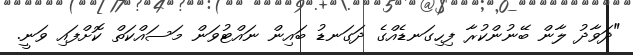
"ދަވާދު ލާން ބޭނުންކުރާ ފިހިގަނޑެއްގެ ދަގަނޑު ބައިން ނައްޓުވަން މަސައްކަތް ކޮށްފައި ވަނީ.